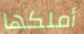
أملكها